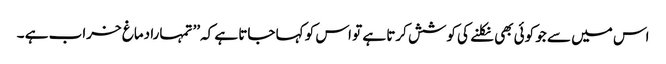
اس میں سے جو کوئی بھی نکلنے کی کوشش کرتا ہے تو اس کو کہا جاتا ہے کہ’’ تمہارا دماغ خراب ہے ۔